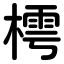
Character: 樗